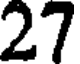
27